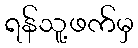
ရန်သူ့ဖက်မှ